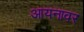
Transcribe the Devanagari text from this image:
आयनावर